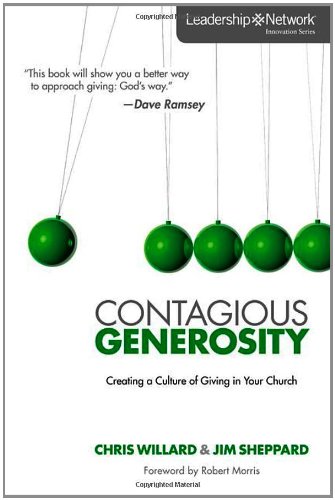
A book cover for Contagious Generosity: Creating a Culture of Giving in Your Church (Leadership Network Innovation Series); Chris Willard; Christian Books & Bibles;